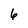
Character: 6